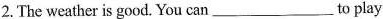
2.The weather is good. You can ___to play